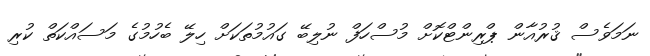
ނަމަވެސް ޤުރުއާން ޕްރިންޓްކޮށް މުސްހަފް ނުލިބޭ ގައުމުތަކަށް ހިލޭ ބެހުމުގެ މަސައްކަތް ކުރި